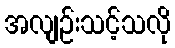
အလျဉ်းသင့်သလို